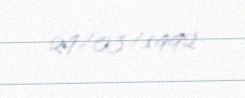
29/03/1992